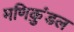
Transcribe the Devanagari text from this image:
मणिकुंडल